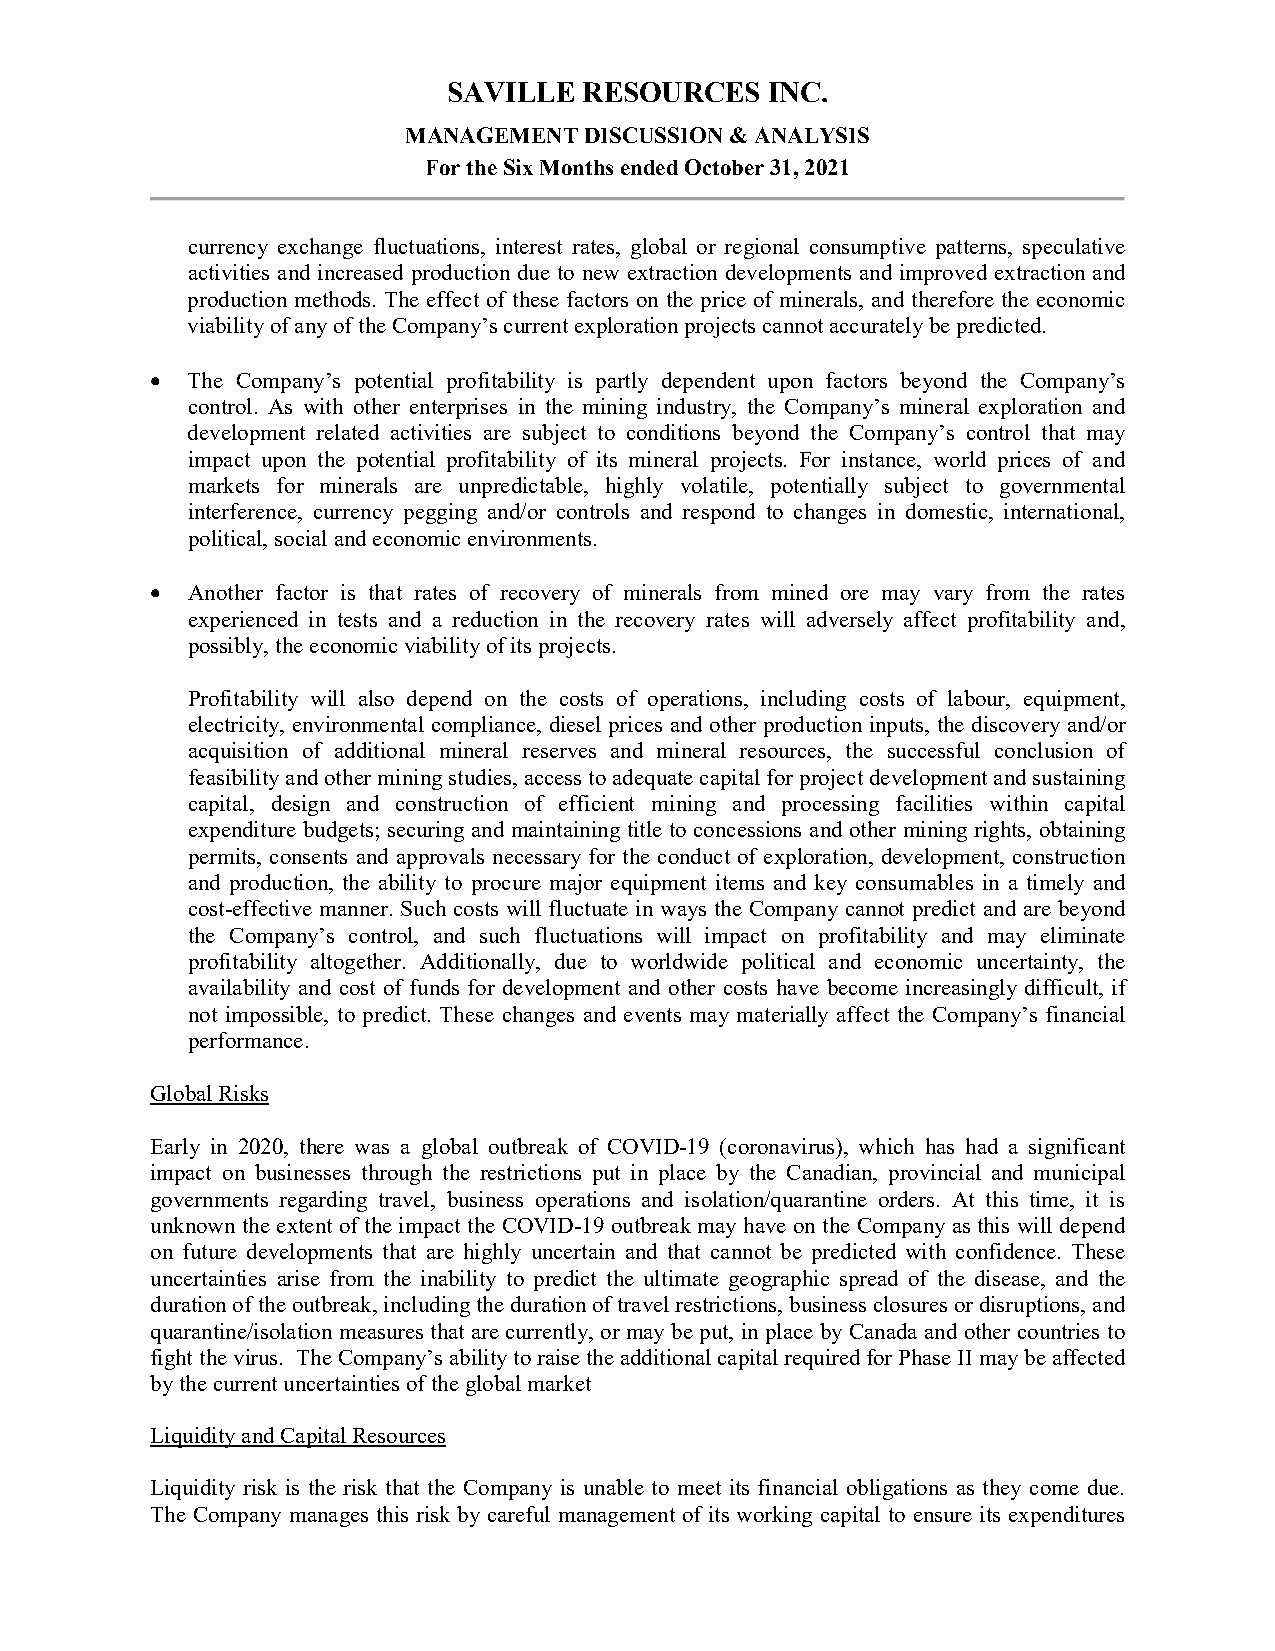
SAVILLE  RESOURCES   INC.
 MANAGEMENT  DISCUSSION & ANALYSIS
 For the Six Months ended October 31, 2021
 currency exchange fluctuations, interest rates, global or regional consumptive patterns, speculative
 activities and increased production due to new extraction developments and improved extraction and
 production methods. The effect of these factors on the price of minerals, and therefore the economic
 viability of any of the Company’s current exploration projects cannot accurately be predicted.
 • The Company’s potential profitability is partly dependent upon factors beyond the Company’s
 control. As with other enterprises in the mining industry, the Company’s mineral exploration and
 development related activities are subject to conditions beyond the Company’s control that may
 impact upon the potential profitability of its mineral projects. For instance, world prices of and
 markets for minerals are unpredictable, highly volatile, potentially subject to governmental
 interference, currency pegging and/or controls and respond to changes in domestic, international,
 political, social and economic environments.
 • Another factor is that rates of recovery of minerals from mined ore may vary from the rates
 experienced in tests and a reduction in the recovery rates will adversely affect profitability and,
 possibly, the economic viability of its projects.
 Profitability will also depend on the costs of operations, including costs of labour, equipment,
 electricity, environmental compliance, diesel prices and other production inputs, the discovery and/or
 acquisition of additional mineral reserves and mineral resources, the successful conclusion of
 feasibility and other mining studies, access to adequate capital for project development and sustaining
 capital, design and construction of efficient mining and processing facilities within capital
 expenditure budgets; securing and maintaining title to concessions and other mining rights, obtaining
 permits, consents and approvals necessary for the conduct of exploration, development, construction
 and production, the ability to procure major equipment items and key consumables in a timely and
 cost-effective manner. Such costs will fluctuate in ways the Company cannot predict and are beyond
 the Company’s control, and such fluctuations will impact on profitability and may eliminate
 profitability altogether. Additionally, due to worldwide political and economic uncertainty, the
 availability and cost of funds for development and other costs have become increasingly difficult, if
 not impossible, to predict. These changes and events may materially affect the Company’s financial
 performance.
 Global Risks
 Early in 2020, there was a global outbreak of COVID-19 (coronavirus), which has had a significant
 impact on businesses through the restrictions put in place by the Canadian, provincial and municipal
 governments regarding travel, business operations and isolation/quarantine orders. At this time, it is
 unknown the extent of the impact the COVID-19 outbreak may have on the Company as this will depend
 on future developments that are highly uncertain and that cannot be predicted with confidence. These
 uncertainties arise from the inability to predict the ultimate geographic spread of the disease, and the
 duration of the outbreak, including the duration of travel restrictions, business closures or disruptions, and
 quarantine/isolation measures that are currently, or may be put, in place by Canada and other countries to
 fight the virus. The Company’s ability to raise the additional capital required for Phase II may be affected
 by the current uncertainties of the global market
 Liquidity and Capital Resources
 Liquidity risk is the risk that the Company is unable to meet its financial obligations as they come due.
 The Company manages this risk by careful management of its working capital to ensure its expenditures